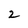
Character: 2